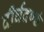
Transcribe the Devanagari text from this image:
दीर्घदण्डं